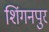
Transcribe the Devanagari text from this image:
शिंगनपुर